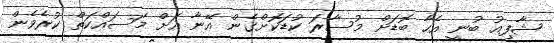
ޝާފިއު ބުނީ އެހާ ބޮޑަށް މުސާރަ ކުޑަކޮށްގެން އޭނާ އަށް މަސައްކަތް ކުރެވެން